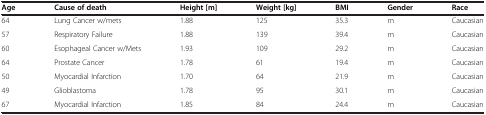
<table><thead><tr><td><b>Age</b></td><td><b>Cause of death</b></td><td><b>Height [m]</b></td><td><b>Weight [kg]</b></td><td><b>BMI</b></td><td><b>Gender</b></td><td><b>Race</b></td></tr></thead><tbody><tr><td>64</td><td>Lung Cancer w/mets</td><td>1.88</td><td>125</td><td>35.3</td><td>m</td><td>Caucasian</td></tr><tr><td>57</td><td>Respiratory Failure</td><td>1.88</td><td>139</td><td>39.4</td><td>m</td><td>Caucasian</td></tr><tr><td>60</td><td>Esophageal Cancer w/Mets</td><td>1.93</td><td>109</td><td>29.2</td><td>m</td><td>Caucasian</td></tr><tr><td>64</td><td>Prostate Cancer</td><td>1.78</td><td>61</td><td>19.4</td><td>m</td><td>Caucasian</td></tr><tr><td>50</td><td>Myocardial Infarction</td><td>1.70</td><td>64</td><td>21.9</td><td>m</td><td>Caucasian</td></tr><tr><td>49</td><td>Glioblastoma</td><td>1.78</td><td>95</td><td>30.1</td><td>m</td><td>Caucasian</td></tr><tr><td>67</td><td>Myocardial Infarction</td><td>1.85</td><td>84</td><td>24.4</td><td>m</td><td>Caucasian</td></tr></tbody></table>